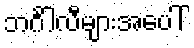
ဘင်္ဂါလီများအပေါ်